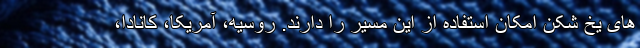
های یخ شکن امکان استفاده از این مسیر را دارند. روسیه، آمریکا، کانادا،